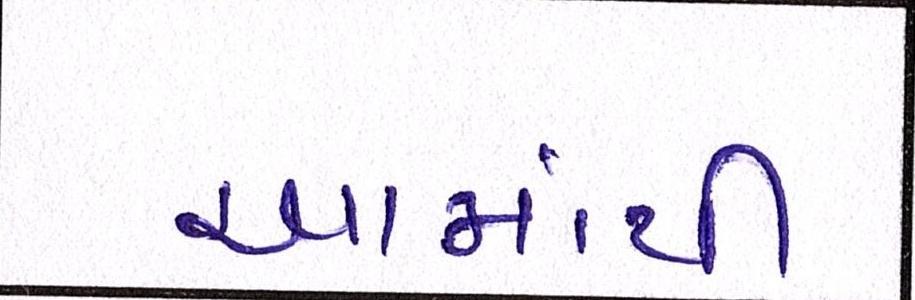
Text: આમાંથી